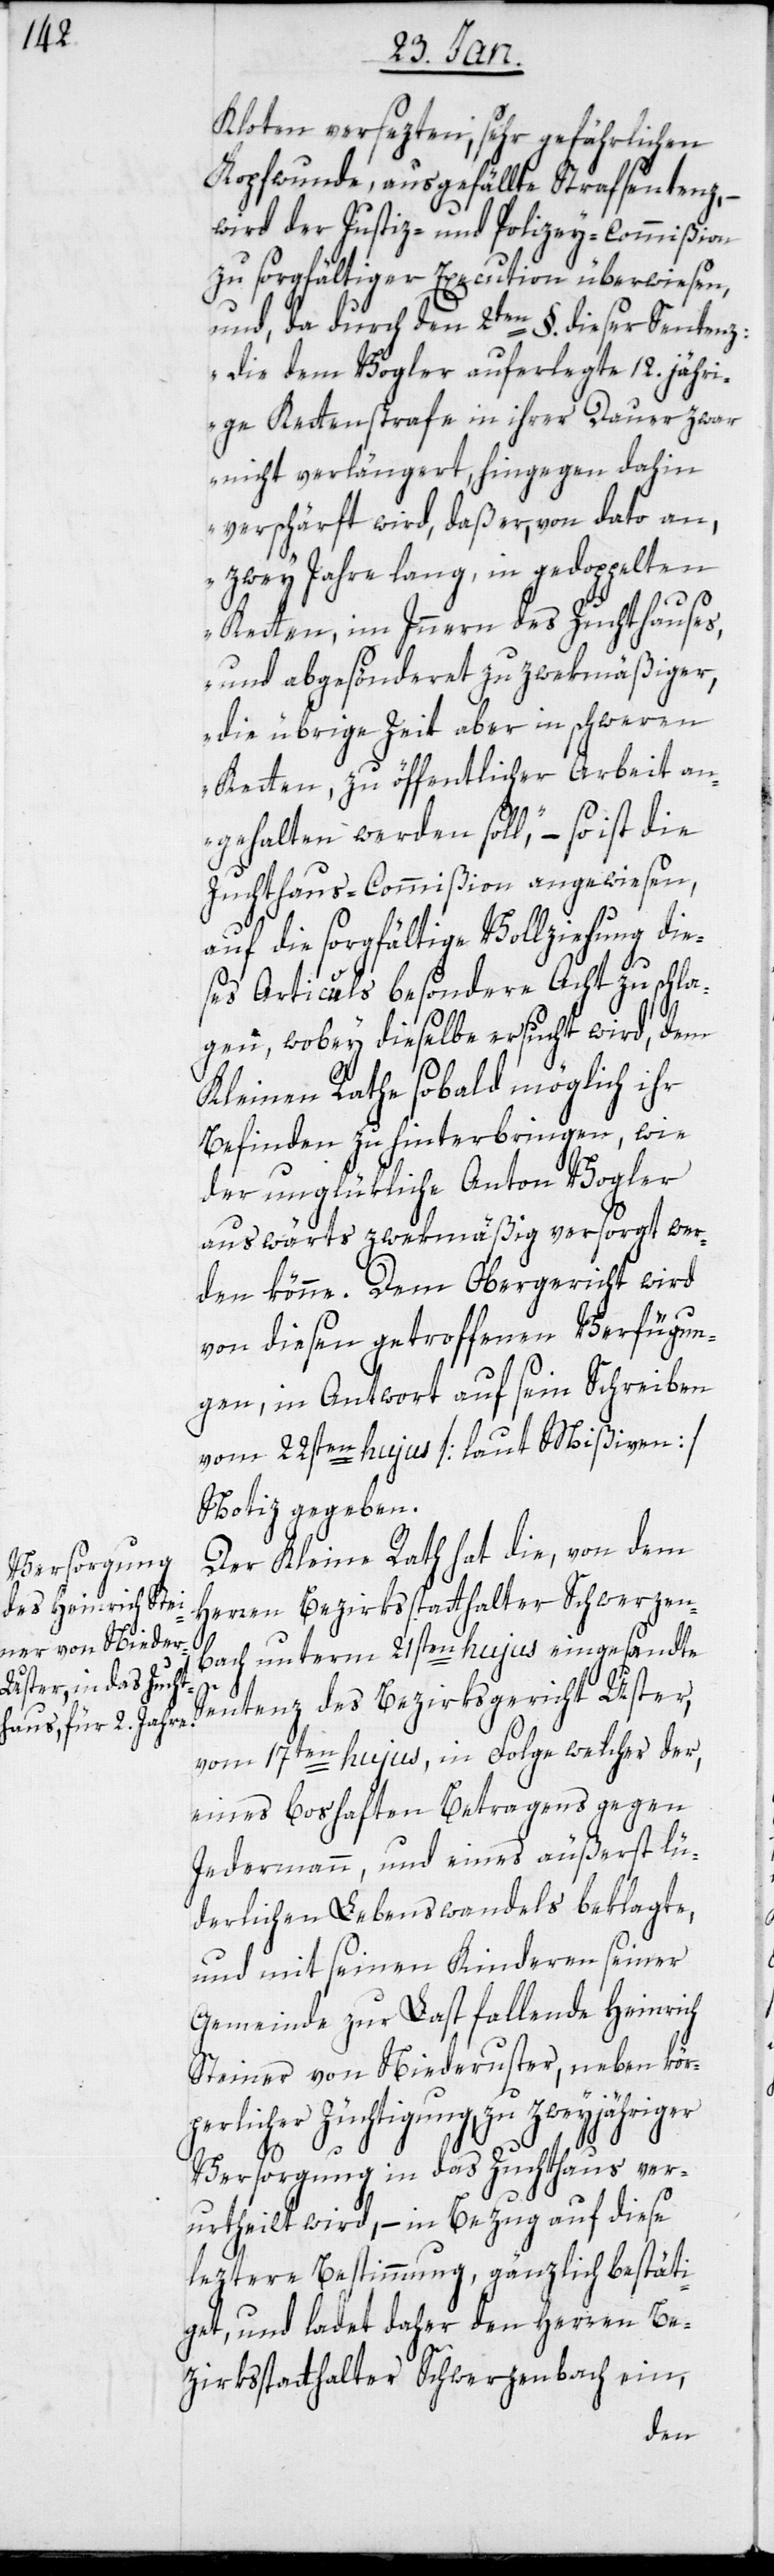
Kloten versezten, sehr gefährlichen
Kopfwunde, ausgefällte Strafsentenz, –
wird der Justiz- und Polizey-Commißion
zu sorgfältiger Execution überwiesen,
und, da durch den 2ten §. dieser Sentenz:
„die dem Vogler auferlegte 12.jähri¬
ge Kettenstrafe in ihrer Dauer zwar
nicht verlängert, hingegen dahin
verschärft wird, daß er, von dato an,
zwey Jahre lang, in gedoppelten
Ketten, im Inneren des Zuchthauses,
und abgesönderet zu zwekmäßiger,
die übrige Zeit aber in schweren
Ketten, zu öffentlicher Arbeit an¬
gehalten werden soll“, – so ist die
Zuchthaus-Commißion angewiesen,
auf die sorgfältige Vollziehung die¬
ses Articuls besondere Acht zu schla¬
gen, wobey dieselbe ersucht wird, dem
Kleinen Rathe sobald möglich ihr
Befinden zu hinterbringen, wie
der unglükliche Anton Vogler
auswärts zwekmäßig versorgt wer¬
den könne. Dem Obergericht wird
von diesen getroffenen Verfügun¬
gen, in Antwort auf sein Schreiben
vom 22sten hujus [laut Mißiven]
Notiz gegeben.
Der Kleine Rath hat die, von dem
Herren Bezirksstatthalter Schwerzen¬
bach unterm 21sten hujus eingesandte
Sentenz, des Bezirksgerichts Uster,
vom 17ten hujus, in Folge welches der,
eines boshaften Betragens gegen
Jedermann, und eines äußerst lü¬
derlichen Lebenswandels beklagte,
und mit seinen Kinderen seiner
Gemeinde zur Last fallende Heinrich
Steiner von Niederuster, neben kör¬
perlicher Züchtigung, zu zweyjähriger
Versorgung in das Zuchthaus ver¬
urtheilt wird, – in Bezug auf diese
leztere Bestimmung, gänzlich bestäti¬
get, und ladet daher den Herren Be¬
zirksstatthalter Schwerzenbach ein,